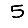
Digit: 5